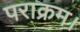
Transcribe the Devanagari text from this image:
पराक्रम।